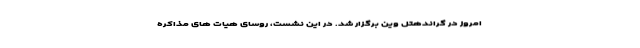
امروز در گراندهتل وین برگزار شد. در این نشست، روسای هیات های مذاکره